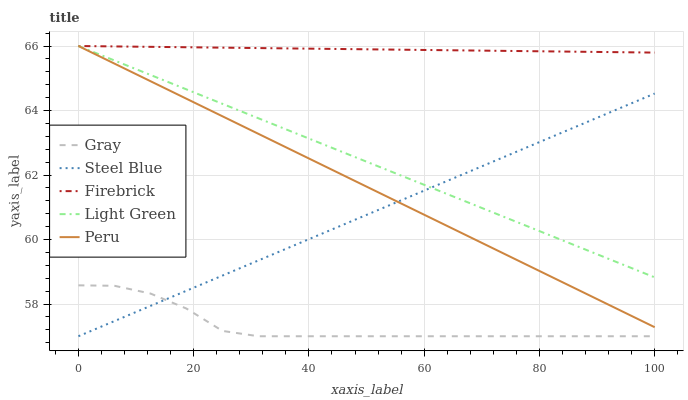
| xaxis_label | Gray | Steel Blue | Firebrick | Light Green | Peru |
 | --- | --- | --- | --- | --- | --- |
 | 0 | 58.6 | 57 | 66 | 66 | 66 |
 | 6.25 | 58.6 | 57.5 | 66 | 65.6 | 65.5 |
 | 12.5 | 58.3 | 57.9 | 66 | 65.1 | 64.9 |
 | 18.8 | 57.9 | 58.4 | 66 | 64.7 | 64.4 |
 | 25 | 57.2 | 58.9 | 65.9 | 64.2 | 63.8 |
 | 31.2 | 57 | 59.4 | 65.9 | 63.8 | 63.3 |
 | 37.5 | 57 | 59.8 | 65.9 | 63.3 | 62.7 |
 | 43.8 | 57 | 60.3 | 65.9 | 62.9 | 62.2 |
 | 50 | 57 | 60.8 | 65.9 | 62.4 | 61.6 |
 | 56.2 | 57 | 61.2 | 65.9 | 62 | 61.1 |
 | 62.5 | 57 | 61.7 | 65.9 | 61.5 | 60.6 |
 | 68.8 | 57 | 62.2 | 65.9 | 61.1 | 60 |
 | 75 | 57 | 62.6 | 65.8 | 60.6 | 59.5 |
 | 81.2 | 57 | 63.1 | 65.8 | 60.2 | 58.9 |
 | 87.5 | 57 | 63.6 | 65.8 | 59.7 | 58.4 |
 | 93.8 | 57 | 64.1 | 65.8 | 59.3 | 57.8 |
 | 100 | 57 | 64.5 | 65.8 | 58.8 | 57.3 |